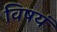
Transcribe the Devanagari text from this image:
विषयं